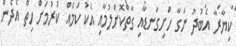
ކިޔާރާ އެބުދު ނަގާ ހަށިގަނޑާއި ގާތްކޮށްލުމާއި އެކު ކަމެއް ކުރުމަށް ހިތް އެދެން